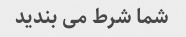
شما شرط می بندید